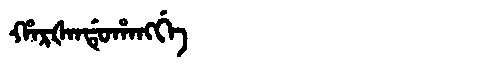
Manchu: ᡥᠠᡵᡧᠠᠨᡩᡠᡥᠠᠩᡤᡝ
Romanization: HARŠANDUHANGGE